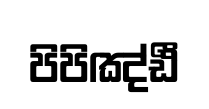
පිපිඤ්ඪී